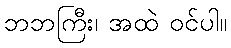
ဘဘကြီး၊ အထဲ ဝင်ပါ။